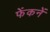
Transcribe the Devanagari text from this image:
फेंकनें